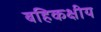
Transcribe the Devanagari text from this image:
बहिकक्षीय